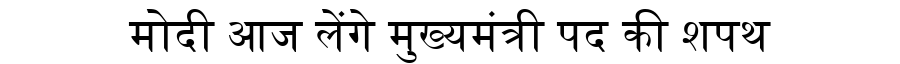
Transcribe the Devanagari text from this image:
मोदी आज लेंगे मुख्यमंत्री पद की शपथ